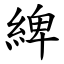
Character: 綼